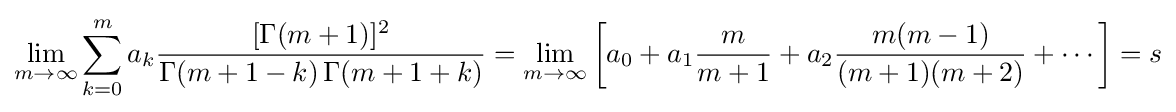
\lim _{m\rightarrow \infty }\sum _{k=0}^{m}a_{k}{\frac {[\Gamma (m+1)]^{2}}{\Gamma (m+1-k)\,\Gamma (m+1+k)}}=\lim _{m\rightarrow \infty }\left[a_{0}+a_{1}{\frac {m}{m+1}}+a_{2}{\frac {m(m-1)}{(m+1)(m+2)}}+\cdots \right]=s